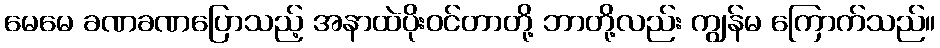
မေမေ ခဏခဏပြောသည့် အနာထဲပိုးဝင်တာတို့ ဘာတို့လည်း ကျွန်မ ကြောက်သည်။